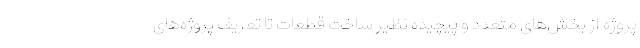
پروژه از بخش‌های متعدد و پیچیده نظیر ساخت قطعات تا تعریف پروژه‌های